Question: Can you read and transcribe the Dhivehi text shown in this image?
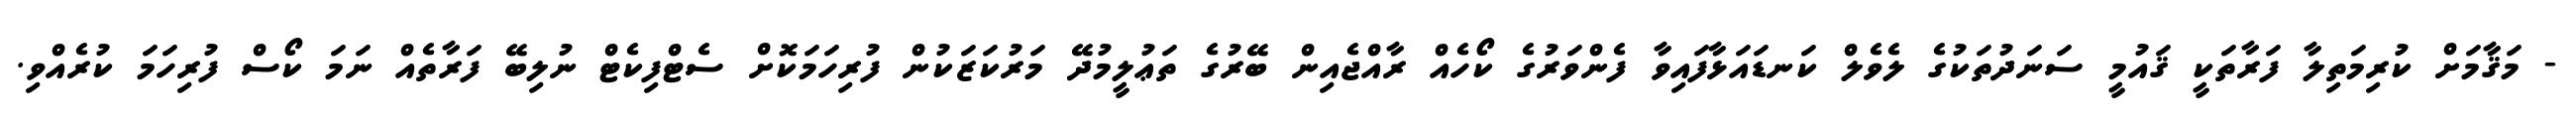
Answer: - މަޤާމަށް ކުރިމަތިލާ ފަރާތަކީ ޤައުމީ ސަނަދުތަކުގެ ލެވެލް ކަނޑައަޅާފައިވާ ފެންވަރުގެ ކޯހެއް ރާއްޖެއިން ބޭރުގެ ތަޢުލީމުދޭ މަރުކަޒަކުން ފުރިހަމަކޮށް ސެޓްފިކެޓް ނުލިބޭ ފަރާތެއް ނަމަ ކޯސް ފުރިހަމަ ކުރެއްވި.